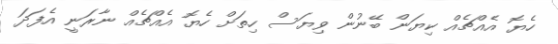
ހެޔޮ އެއްޗެއް ކިޔަން ބޭނުން ވިޔަސް ހިތަށް ހެޔޮ އެއްޗެއް ނާރަނީ އެފަދަ